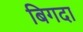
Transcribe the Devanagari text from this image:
बिगदा